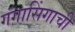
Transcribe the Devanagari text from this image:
गंगासिंगाची